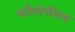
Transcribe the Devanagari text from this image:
फौलोफील्ड